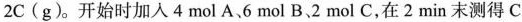
2C(g)。开始时加入4mol A、6mol B、2mol C，在2min末测得C